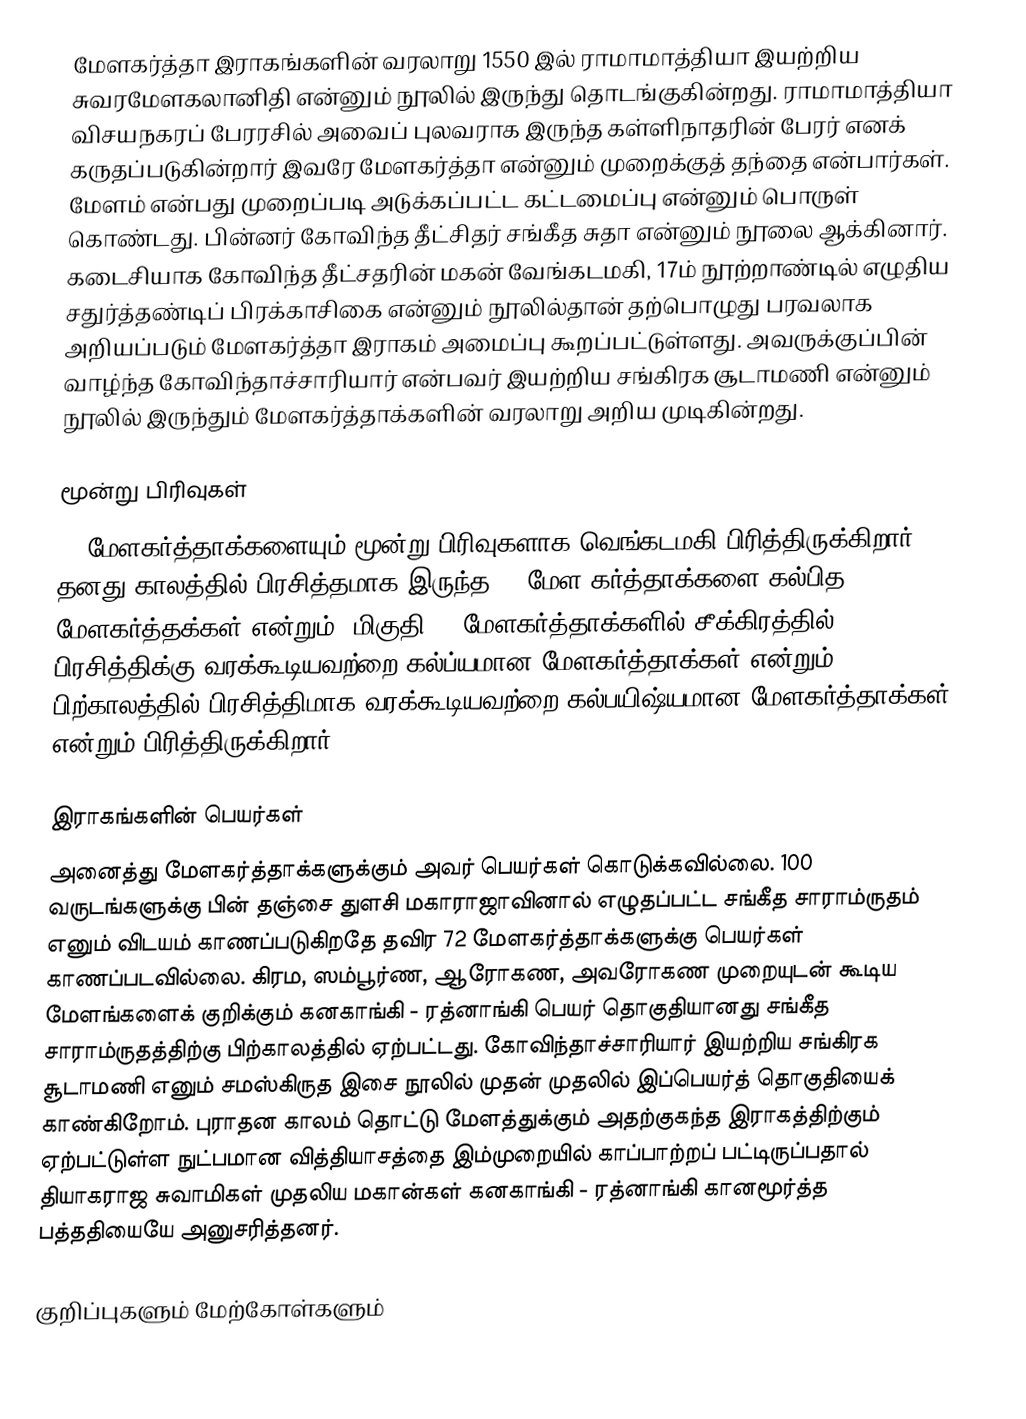
மேளகர்த்தா இராகங்களின் வரலாறு 1550 இல் ராமாமாத்தியா இயற்றிய சுவரமேளகலானிதி என்னும் நூலில் இருந்து தொடங்குகின்றது. ராமாமாத்தியா விசயநகரப் பேரரசில் அவைப் புலவராக இருந்த கள்ளிநாதரின் பேரர் எனக் கருதப்படுகின்றார்  இவரே மேளகர்த்தா என்னும் முறைக்குத் தந்தை என்பார்கள். மேளம் என்பது முறைப்படி அடுக்கப்பட்ட கட்டமைப்பு என்னும் பொருள் கொண்டது. பின்னர் கோவிந்த தீட்சிதர் சங்கீத சுதா என்னும் நூலை ஆக்கினார். கடைசியாக கோவிந்த தீட்சதரின் மகன் வேங்கடமகி, 17ம் நூற்றாண்டில் எழுதிய சதுர்த்தண்டிப் பிரக்காசிகை என்னும் நூலில்தான் தற்பொழுது பரவலாக அறியப்படும் மேளகர்த்தா இராகம் அமைப்பு கூறப்பட்டுள்ளது. அவருக்குப்பின் வாழ்ந்த கோவிந்தாச்சாரியார் என்பவர் இயற்றிய சங்கிரக சூடாமணி என்னும் நூலில் இருந்தும் மேளகர்த்தாக்களின் வரலாறு அறிய முடிகின்றது.

மூன்று பிரிவுகள்
72 மேளகர்த்தாக்களையும் மூன்று பிரிவுகளாக வெங்கடமகி பிரித்திருக்கிறார். தனது காலத்தில் பிரசித்தமாக இருந்த 19 மேள கர்த்தாக்களை கல்பித மேளகர்த்தக்கள் என்றும், மிகுதி 53 மேளகர்த்தாக்களில் சீக்கிரத்தில் பிரசித்திக்கு வரக்கூடியவற்றை கல்ப்யமான மேளகர்த்தாக்கள் என்றும், பிற்காலத்தில் பிரசித்திமாக வரக்கூடியவற்றை கல்பயிஷ்யமான மேளகர்த்தாக்கள் என்றும் பிரித்திருக்கிறார்.

இராகங்களின் பெயர்கள்
அனைத்து மேளகர்த்தாக்களுக்கும் அவர் பெயர்கள் கொடுக்கவில்லை. 100 வருடங்களுக்கு பின் தஞ்சை துளசி மகாராஜாவினால் எழுதப்பட்ட சங்கீத சாராம்ருதம் எனும் விடயம் காணப்படுகிறதே தவிர 72 மேளகர்த்தாக்களுக்கு பெயர்கள் காணப்படவில்லை. கிரம, ஸம்பூர்ண, ஆரோகண, அவரோகண முறையுடன் கூடிய மேளங்களைக் குறிக்கும் கனகாங்கி - ரத்னாங்கி பெயர் தொகுதியானது சங்கீத சாராம்ருதத்திற்கு பிற்காலத்தில் ஏற்பட்டது. கோவிந்தாச்சாரியார் இயற்றிய சங்கிரக சூடாமணி எனும் சமஸ்கிருத இசை நூலில் முதன் முதலில் இப்பெயர்த் தொகுதியைக் காண்கிறோம். புராதன காலம் தொட்டு மேளத்துக்கும் அதற்குகந்த இராகத்திற்கும் ஏற்பட்டுள்ள நுட்பமான வித்தியாசத்தை இம்முறையில் காப்பாற்றப் பட்டிருப்பதால் தியாகராஜ சுவாமிகள் முதலிய மகான்கள் கனகாங்கி - ரத்னாங்கி கானமூர்த்த பத்ததியையே அனுசரித்தனர்.

குறிப்புகளும் மேற்கோள்களும்